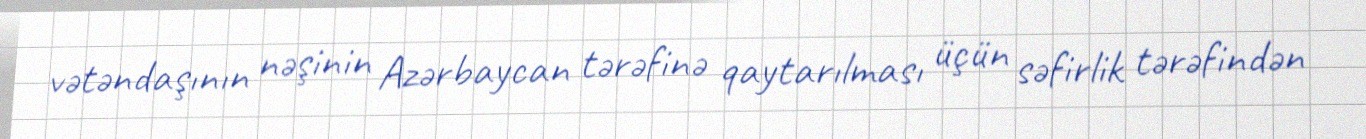
vətəndaşının nəşinin Azərbaycan tərəfinə qaytarılması üçün səfirlik tərəfindən